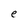
Character: e